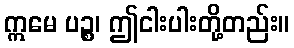
ဣမေ ပဉ္စ၊ ဤငါးပါးတို့တည်း။